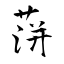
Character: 蓱